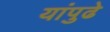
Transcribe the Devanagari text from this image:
यांपुढे